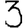
Digit: 3